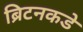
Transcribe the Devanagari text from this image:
ब्रिटनकडे